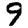
Digit: 9